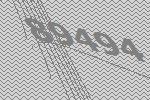
89494